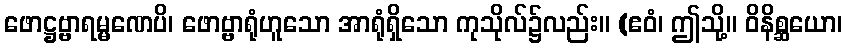
ဖောဋ္ဌဗ္ဗာရမ္မဏေပိ၊ ဖောဗ္ဗာရုံဟူသော အာရုံရှိသော ကုသိုလ်၌လည်း။ (ဧဝံ၊ ဤသို့။ ဝိနိစ္ဆယော၊